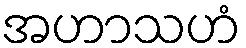
အဟာသဟံ